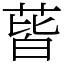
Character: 蒈